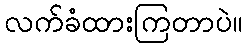
လက်ခံထားကြတာပဲ။